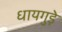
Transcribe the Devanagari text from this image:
धायगुड़े